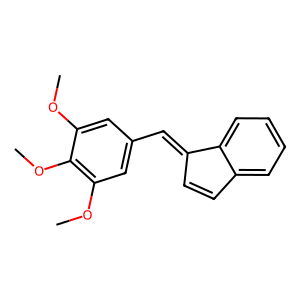
SMILES: COc1cc(C=C2C=Cc3ccccc32)cc(OC)c1OC
Inhibits HIV replication: No